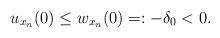
LaTeX: \begin{align*}u_{x_n}(0)\leq w_{x_n}(0)=: -\delta_0<0.\end{align*}